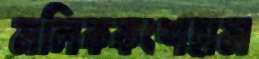
মলিককংশহাস